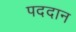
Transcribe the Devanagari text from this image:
पददान